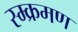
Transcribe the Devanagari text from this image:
स्म्क्रमण